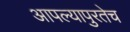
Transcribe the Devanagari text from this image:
आपल्यापुरतेच